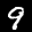
Label: 9